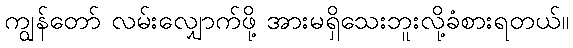
ကျွန်တော် လမ်းလျှောက်ဖို့ အားမရှိသေးဘူးလို့ခံစားရတယ်။